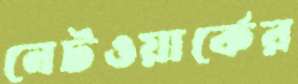
নেটওয়ার্কের